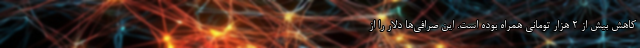
کاهش بیش از ۲ هزار تومانی همراه بوده است. این صرافی‌ها دلار را از